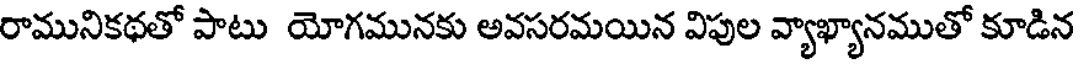
రామునికథతో పాటు యోగమునకు అవసరమయిన విపుల వ్యాఖ్యానముతో కూడిన